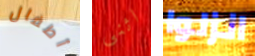
أطفال اثنى انزلوا